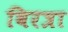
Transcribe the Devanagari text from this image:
विरत्रा